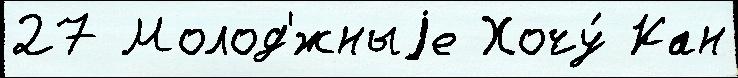
27 Молод'́жныjе Хочу́ Кан